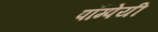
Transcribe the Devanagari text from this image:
पॉम्पेयी